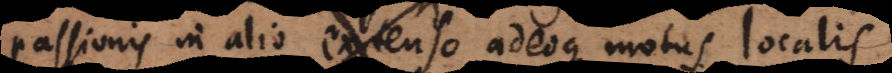
passionis in alio extenso adeoque motus localis,